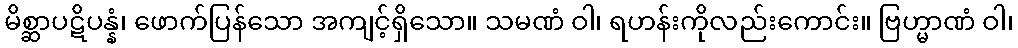
မိစ္ဆာပဋိပန္နံ၊ ဖောက်ပြန်သော အကျင့်ရှိသော။ သမဏံ ဝါ၊ ရဟန်းကိုလည်းကောင်း။ ဗြဟ္မာဏံ ဝါ၊